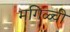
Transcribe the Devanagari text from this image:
मगिळ्ची